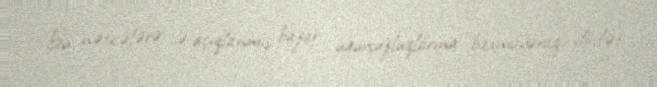
Bu nəticələrə və açıqlanmış bazar uğursuzluqlarına baxmayaraq, dövlət